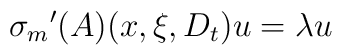
{{\sigma}_m}^{\prime}(A)(x,\xi,D_t) u=\lambda u